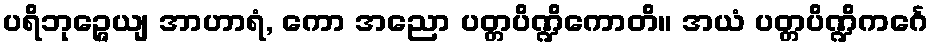
ပရိဘုဉ္ဇေယျ အာဟာရံ, ကော အညော ပတ္တပိဏ္ဍိကောတိ။ အယံ ပတ္တပိဏ္ဍိကင်္ဂေ